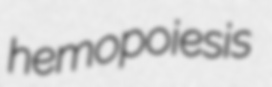
hemopoiesis